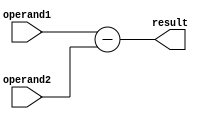
module Subtractor (
    input [7:0] operand1, // First operand
    input [7:0] operand2, // Second operand
    output reg [7:0] result // Result of subtraction
);

always @* begin
    result = operand1 - operand2; // Perform subtraction operation
end

endmodule